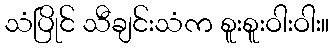
သံပြိုင် သီချင်းသံက စူးစူးဝါးဝါး။